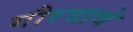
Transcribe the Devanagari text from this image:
गौरवावे